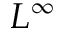
L ^ { \infty }